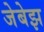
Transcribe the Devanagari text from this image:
जेबेझ